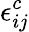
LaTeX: \epsilon_{ij}^{c}